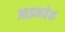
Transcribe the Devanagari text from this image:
आइनबेक